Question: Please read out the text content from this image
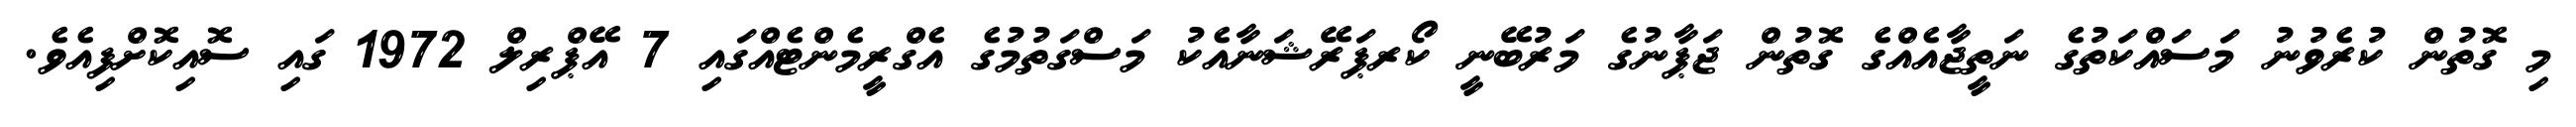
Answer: މި ގޮތުން ކުރެވުނު މަސައްކަތުގެ ނަތީޖާއެއްގެ ގޮތުން ޖަޕާނުގެ މަރުބޭނީ ކޯރޕަރޭޝަނާއެކު މަސްގަތުމުގެ އެގްރީމެންޓެއްގައި 7 އޭޕްރިލް 1972 ގައި ސޮއިކޮށްފިއެވެ.